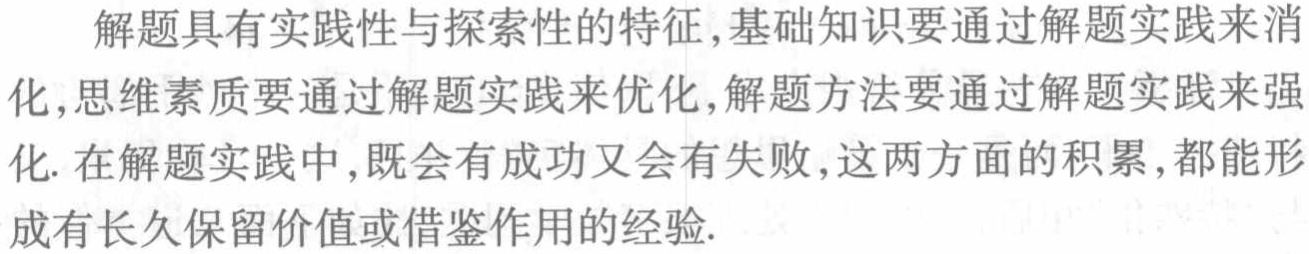
解题具有实践性与探索性的特征,基础知识要通过解题实践来消

化,思维素质要通过解题实践来优化,解题方法要通过解题实践来强

化. 在解题实践中,既会有成功又会有失败,这两方面的积累,都能形

成有长久保留价值或借鉴作用的经验.